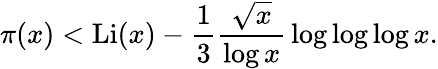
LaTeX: \pi(x)<\operatorname{Li}(x)-{\frac{1}{3}}{\frac{\sqrt{x}}{\log x}}\log\log\log x.